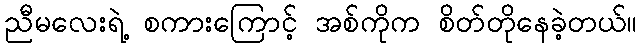
ညီမလေးရဲ့ စကားကြောင့် အစ်ကိုက စိတ်တိုနေခဲ့တယ်။